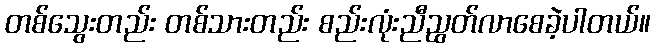
တစ်သွေးတည်း တစ်သားတည်း စည်းလုံးညီညွတ်လာစေခဲ့ပါတယ်။